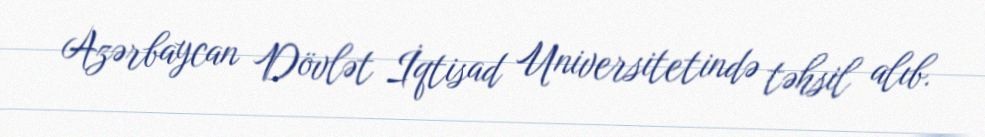
Azərbaycan Dövlət İqtisad Universitetində təhsil alıb.